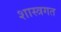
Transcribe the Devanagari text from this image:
शास्त्रगत